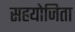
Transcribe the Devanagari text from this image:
सहयोजिता